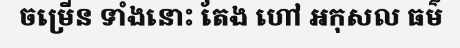
ចម្រើន ទាំងនោះ តែង ហៅ អកុសល ធម៌